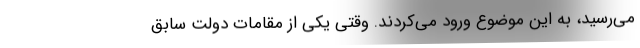
می‌رسید، به این موضوع ورود می‌کردند. وقتی یکی از مقامات دولت سابق